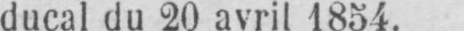
ducal du 20 avril 1854.